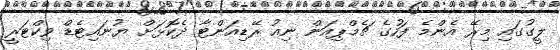
ލީގުގައި މިރޭ އެންމެ ފަހުގެ ޗެމްޕިއަން ނިއު ރޭޑިއަންޓާ ދެކޮޅަށް ޔުނައިޓެޑް ވިކްޓަރީ